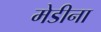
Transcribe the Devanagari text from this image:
मेडीना